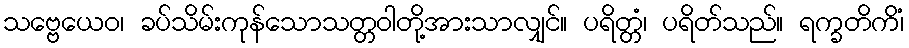
သဗ္ဗေယေဝ၊ ခပ်သိမ်းကုန်သောသတ္တဝါတို့အားသာလျှင်။ ပရိတ္တံ၊ ပရိတ်သည်။ ရက္ခတိကိံ၊